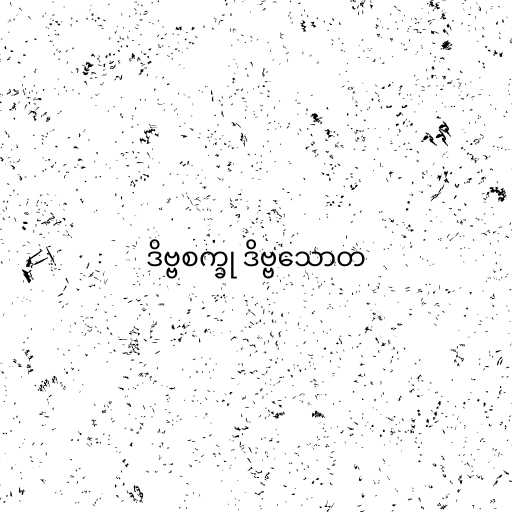
ဒိဗ္ဗစက္ခု ဒိဗ္ဗသောတ